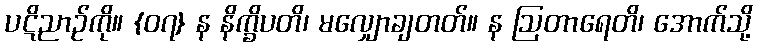
ပဋိညာဉ်ကို။ {၀၇} န နိက္ခိပတိ၊ မလျှောချတတ်။ န ဩတာရေတိ၊ အောက်သို့